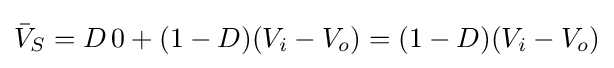
{\bar {V}}_{S}=D\,0+(1-D)(V_{i}-V_{o})=(1-D)(V_{i}-V_{o})